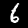
Label: 6